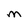
Character: M